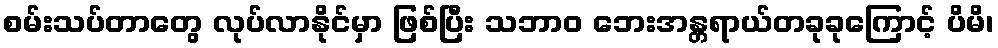
စမ်းသပ်တာတွေ လုပ်လာနိုင်မှာ ဖြစ်ပြီး သဘာဝ ဘေးအန္တရာယ်တခုခုကြောင့် ပိမိ၊